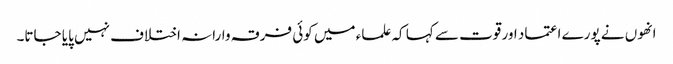
انھوں نے پورے اعتماد اور قوت سے کہا کہ علماء میں کوئی فرقہ وارانہ اختلاف نہیں پایا جاتا۔